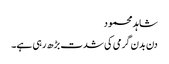
شاہد محمود
دن بدن گرمی کی شدت بڑھ رہی ہے۔